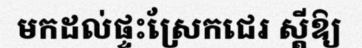
មកដល់ផ្ទះស្រែកជេរ ស្តីឱ្យ